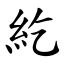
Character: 紇